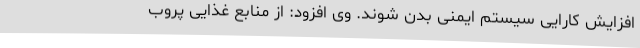
افزایش کارایی سیستم ایمنی بدن شوند. وی افزود: از منابع غذایی پروب